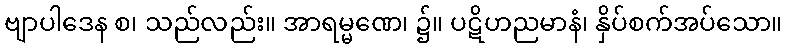
ဗျာပါဒေန စ၊ သည်လည်း။ အာရမ္မဏေ၊ ၌။ ပဋိဟညမာနံ၊ နှိပ်စက်အပ်သော။